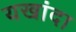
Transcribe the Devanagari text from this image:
यखांदा